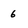
Character: 6